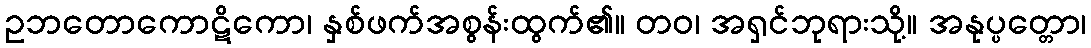
ဥဘတောကောဋိကော၊ နှစ်ဖက်အစွန်းထွက်၏။ တဝ၊ အရှင်ဘုရားသို့။ အနုပ္ပတ္တော၊